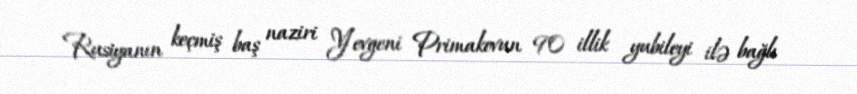
Rusiyanın keçmiş baş naziri Yevgeni Primakovun 90 illik yubileyi ilə bağlı